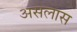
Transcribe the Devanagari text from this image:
असलास